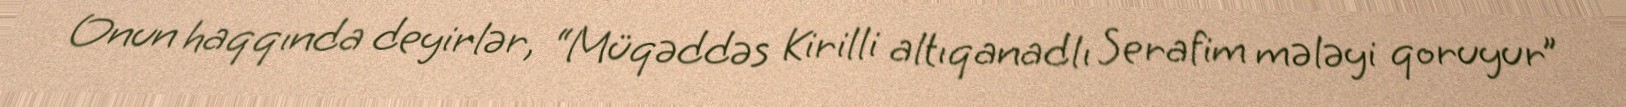
Onun haqqında deyirlər, “Müqəddəs Kirilli altıqanadlı Serafim mələyi qoruyur”